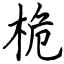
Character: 桅